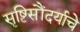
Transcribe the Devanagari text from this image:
सृष्टिसौंदर्याचे